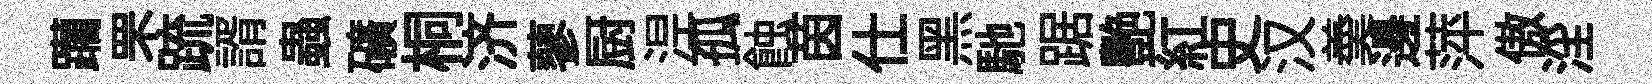
躪罘䟽諝蟲礦桐济蓼厨𣵀孤蝕茵仕黑馳踞艷紅史汉羮邊萍傲淫